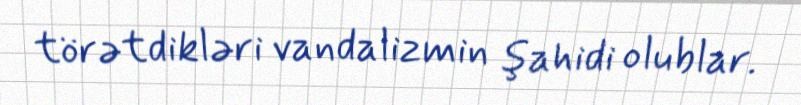
törətdikləri vandalizmin şahidi olublar.